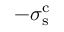
- \sigma _ { \mathrm { s } } ^ { \mathrm { c } }